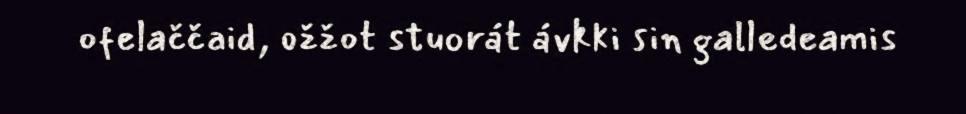
ofelaččaid, ožžot stuorát ávkki sin galledeamis